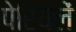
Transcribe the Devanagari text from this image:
पेरियलें